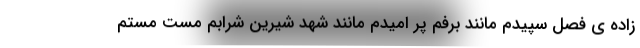
زاده ی فصل سپیدم مانند برفم پر امیدم مانند شهد شیرین شرابم مست مستم